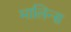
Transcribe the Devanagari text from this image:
मालिन्स